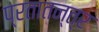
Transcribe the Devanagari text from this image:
प्रतातन्त्र